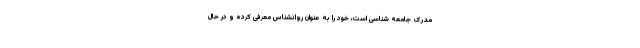
مدرک جامعه شناسی است، خود را به عنوان روانشناس معرفی کرده و در حال